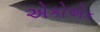
એકોએક